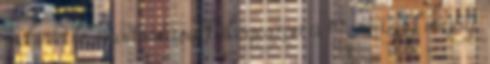
wd írta le, módosításokkal egészen a 19. század végéig,